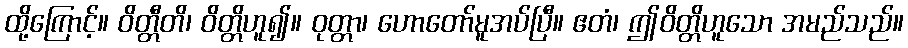
ထို့ကြောင့်။ ဝိတ္တီတိ၊ ဝိတ္တိဟူ၍။ ဝုတ္တာ၊ ဟောတော်မူအပ်ပြီ။ ဧတံ၊ ဤဝိတ္တိဟူသော အမည်သည်။